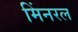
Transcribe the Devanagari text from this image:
मिंनरल